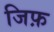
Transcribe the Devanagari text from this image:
जिफ़